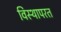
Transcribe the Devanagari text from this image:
विस्थापरत